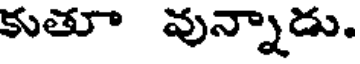
కుతూ వున్నాడు.